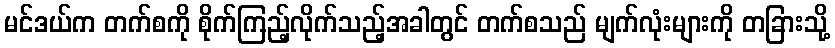
မင်ဒယ်က တက်စကို စိုက်ကြည့်လိုက်သည့်အခါတွင် တက်စသည် မျက်လုံးများကို တခြားသို့